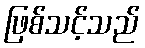
ဖြစ်သင့်သည်